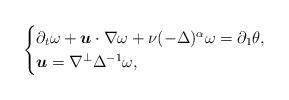
LaTeX: \begin{align*}\begin{cases}\partial_t\omega + \boldsymbol u\cdot \nabla \omega + \nu(-\Delta)^\alpha \omega= \partial_1\theta , \\\boldsymbol u = \nabla^{\perp} \Delta^{-1} \omega, \\\end{cases}\end{align*}